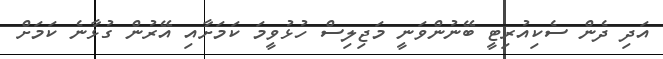
އަދި ދެން ސެކިއުރިޓީ ބޭނުންވަނީ މަޖިލިސް ހުޅުވީމަ ކަމަށާއި އޭރުން ގުޅާނެ ކަމަށް